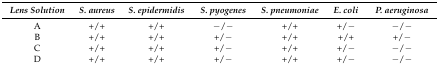
| Lens Solution | S. aureus | S. epidermidis | S. pyogenes | S. pneumoniae | E. coli | P. aeruginosa |
 | --- | --- | --- | --- | --- | --- | --- |
 | A | +/+ | +/+ | −/− | +/+ | +/− | −/− |
 | B | +/+ | +/+ | +/− | +/+ | +/+ | +/− |
 | C | +/+ | +/+ | +/− | +/+ | +/− | −/− |
 | D | +/+ | +/+ | +/− | +/+ | +/− | −/− |